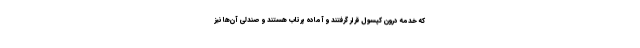
که خدمه درون کپسول قرار گرفتند و آماده پرتاب هستند و صندلی آن‌ها نیز